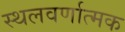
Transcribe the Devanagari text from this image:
स्थलवर्णात्मक